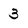
Character: 3